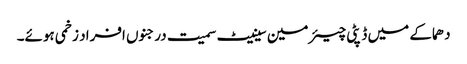
دھماکے میں ڈپٹی چیئرمین سینیٹ سمیت درجنوں افراد زخمی ہوئے۔